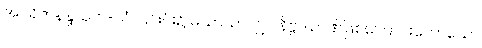
အပရိဇာနန္ဒသုတ်-သံ။ ၎င်းင်း၌ မသာယာလျှင် နိဗ္ဗိဒါဉာဏ်ဖြစ်ကြောင်းဟောသော